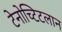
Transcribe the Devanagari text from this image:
टेनोच्टिटलान